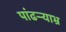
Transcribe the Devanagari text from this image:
पांढऱ्र्‍याभ्र